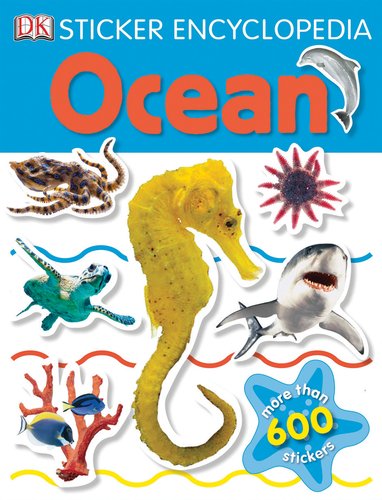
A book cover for Sticker Encyclopedia: Ocean; DK Publishing; Reference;